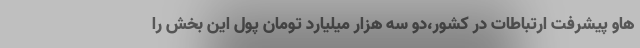
هاو پیشرفت ارتباطات در کشور،دو سه هزار میلیارد تومان پول این بخش را